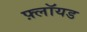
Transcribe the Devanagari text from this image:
फ़्लॉयड